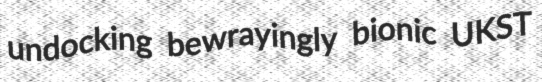
undocking bewrayingly bionic UKST